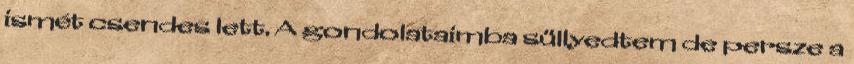
ismét csendes lett. A gondolataimba süllyedtem de persze a